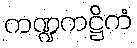
ကဏ္ဍကဋ္ဌိကံ